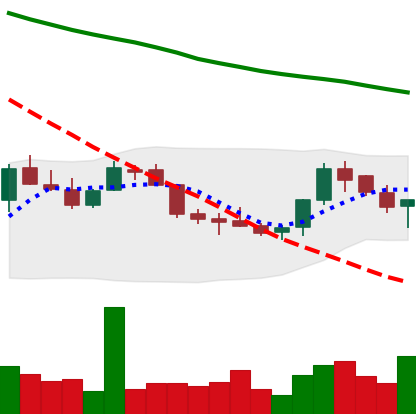
Ticker: LINK-USD
Chart end date: 2018-07-21
Forward return: 12.933%
Label: up_7plus